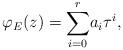
LaTeX: \begin{align*}\varphi_{E}(z)=\displaystyle{\sum_{i=0}^{r}}a_{i}\tau^{i},\end{align*}